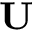
{ \bf U }